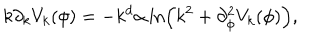
k \partial _ { k } V _ { k } ( \phi ) = - k ^ { d } \alpha \ln \left( k ^ { 2 } + \partial _ { \phi } ^ { 2 } V _ { k } ( \phi ) \right) ,